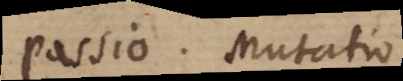
Passio. Mutatio.